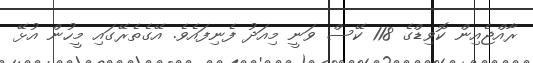
ރާއްޖެއިން ކޮވިޑްގެ 118 ކޭސް ވަނީ މިއަދު ފެނިފައެވެ. އޭގެތެރޭގައި މީހުން އުޅޭ